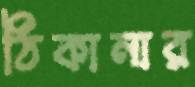
ঠিকানার